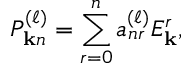
P _ { \mathbf { k } n } ^ { ( \ell ) } = \sum _ { r = 0 } ^ { n } a _ { n r } ^ { ( \ell ) } E _ { \mathbf { k } } ^ { r } ,